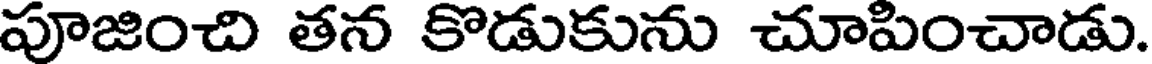
పూజించి తన కొడుకును చూపించాడు.